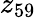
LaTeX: z_{59}